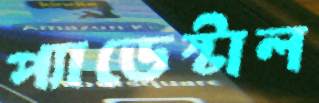
প্যাডেস্টাল